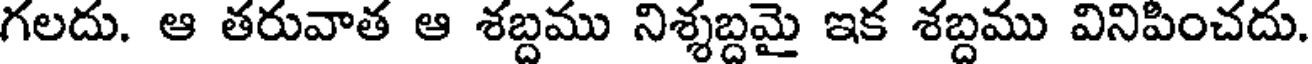
గలదు. ఆ తరువాత ఆ శబ్దము నిశ్శబ్దమై ఇక శబ్దము వినిపించదు.